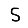
Digit: 5